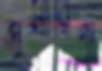
প্রসারিণী